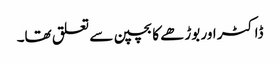
ڈاکٹر اور بوڑھے کا بچپن سے تعلق تھا۔